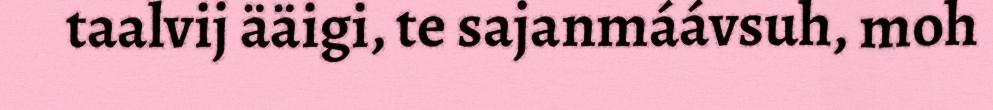
taalvij ääigi, te sajanmáávsuh, moh